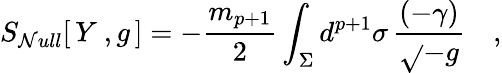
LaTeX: S_{\mathcal{N}ull}[\, Y\ ,g\, ]=-{\frac{{m_{p+1}}}{{2}}}\int_{\Sigma}d^{p+1}\sigma\, {\frac{{(-\gamma)}}{{\sqrt{}{{-g}}}}}\quad,